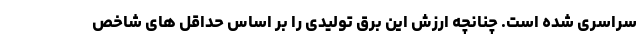
سراسری شده است. چنانچه ارزش این برق تولیدی را بر اساس حداقل های شاخص